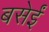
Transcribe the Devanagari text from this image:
बसेईं